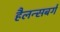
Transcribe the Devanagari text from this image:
हैलन्सबर्ग